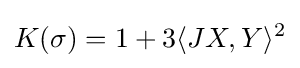
K(\sigma )=1+3\langle JX,Y\rangle ^{2}